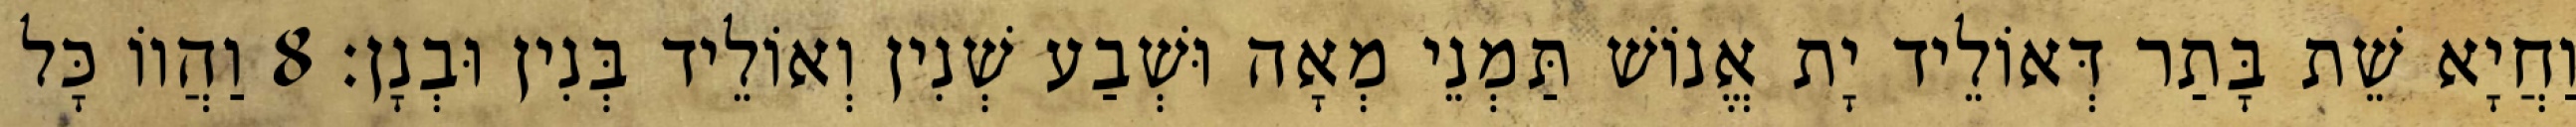
וַחֲיָא שֵׁת בָּתַר דְּאוֹלֵיד יָת אֱנוֹשׁ תַּמְנֵי מְאָה וּשְׁבַע שְׁנִין וְאוֹלֵיד בְּנִין וּבְנָן׃ 8 וַהֲווֹ כָּל